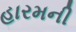
હારમની